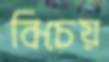
বিচেয়